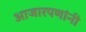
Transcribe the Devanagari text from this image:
आजारपणांनी